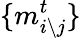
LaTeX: \{ m_{i\setminus j}^{t}\}